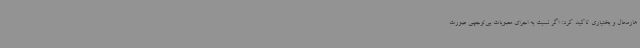
هارمحال و بختیاری تاکید کرد: اگر نسبت به اجرای مصوبات بی‌توجهی صورت